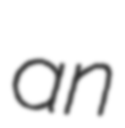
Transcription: an